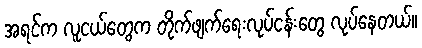
အရင်က လူငယ်တွေက တိုက်ဖျက်ရေးလုပ်ငန်းတွေ လုပ်နေတယ်။